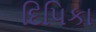
દિપિકા